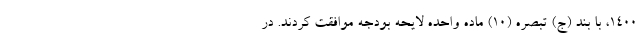
۱۴۰۰، با بند (ج) تبصره (۱۰) ماده واحده لایحه بودجه موافقت کردند. در